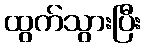
ထွက်သွားပြီး